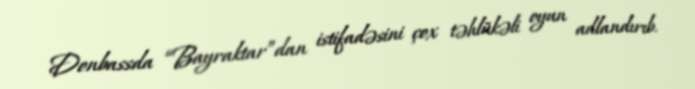
Donbassda “Bayraktar”dan istifadəsini çox təhlükəli oyun adlandırıb.